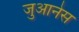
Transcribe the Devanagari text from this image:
जुआनेस